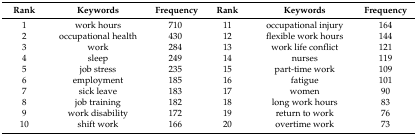
| Rank | Keywords | Frequency | Rank | Keywords | Frequency |
 | --- | --- | --- | --- | --- | --- |
 | 1 | work hours | 710 | 11 | occupational injury | 164 |
 | 2 | occupational health | 430 | 12 | flexible work hours | 144 |
 | 3 | work | 284 | 13 | work life conflict | 121 |
 | 4 | sleep | 249 | 14 | nurses | 119 |
 | 5 | job stress | 235 | 15 | part-time work | 109 |
 | 6 | employment | 185 | 16 | fatigue | 101 |
 | 7 | sick leave | 183 | 17 | women | 90 |
 | 8 | job training | 182 | 18 | long work hours | 83 |
 | 9 | work disability | 172 | 19 | return to work | 76 |
 | 10 | shift work | 166 | 20 | overtime work | 73 |